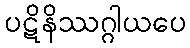
ပဋိနိဿဂ္ဂါယပေ